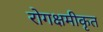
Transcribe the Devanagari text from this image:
रोगक्षमीकृत